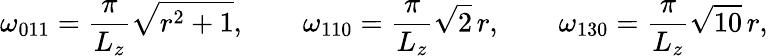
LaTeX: \omega_{011}=\frac{\pi}{L_{z}}\sqrt{r^{2}+1},\qquad\omega_{110}=\frac{\pi}{L_{z}}\sqrt{2}\, r,\qquad\omega_{130}=\frac{\pi}{L_{z}}\sqrt{10}\, r,